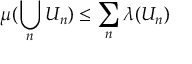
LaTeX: \mu ( \bigcup _ { n } U _ { n } ) \leq \sum _ { n } \lambda ( U _ { n } )